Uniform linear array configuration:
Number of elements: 16
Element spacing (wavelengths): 0.25
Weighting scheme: binomial
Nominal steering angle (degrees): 60
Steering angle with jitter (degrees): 60.139
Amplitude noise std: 0.05
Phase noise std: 0.05

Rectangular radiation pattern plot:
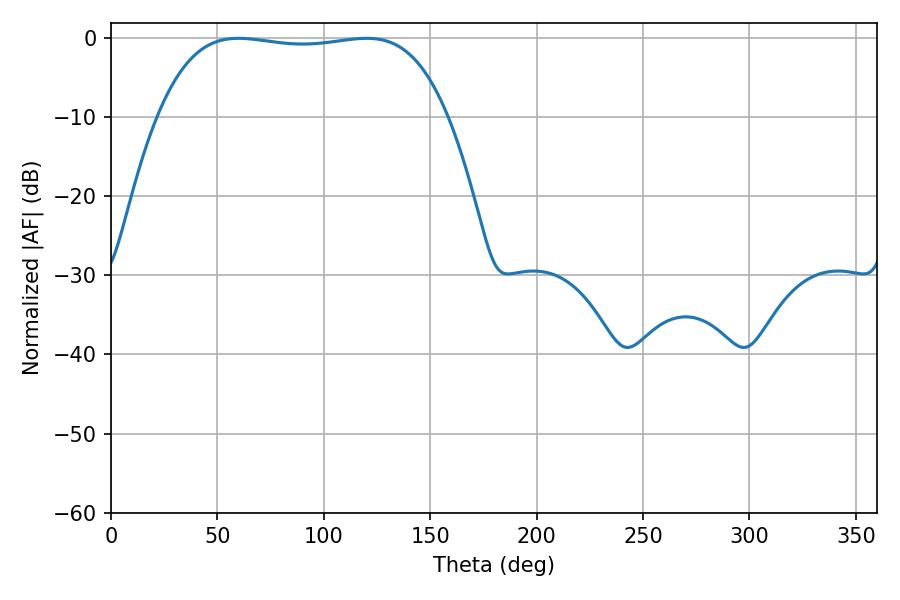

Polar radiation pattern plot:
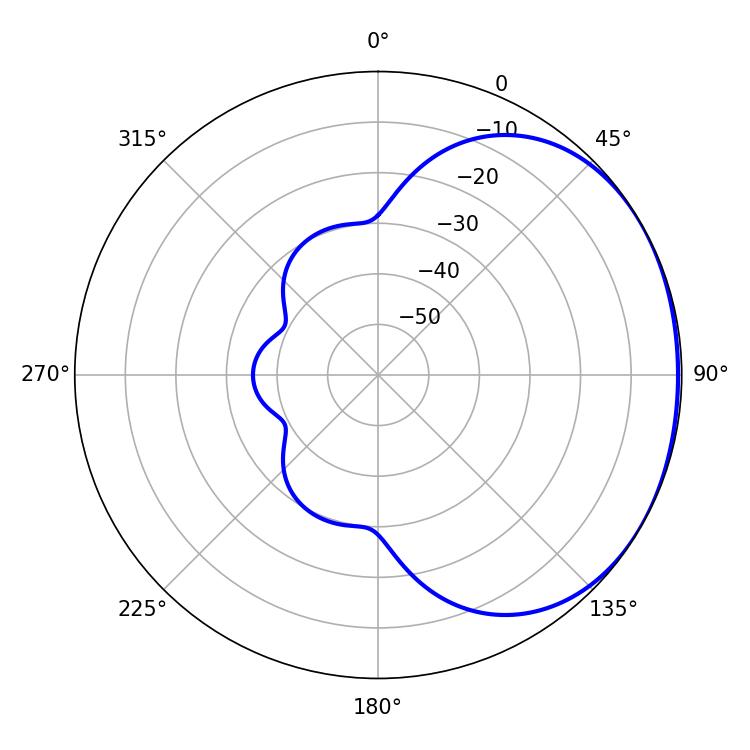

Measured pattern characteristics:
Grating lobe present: FALSE
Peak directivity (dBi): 1.218
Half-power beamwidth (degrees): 107.64
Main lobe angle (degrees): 59.94